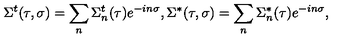
\Sigma ^ { t } ( \tau , \sigma ) = \sum _ { n } \Sigma _ { n } ^ { t } ( \tau ) e ^ { - i n \sigma } , \Sigma ^ { * } ( \tau , \sigma ) = \sum _ { n } \Sigma _ { n } ^ { * } ( \tau ) e ^ { - i n \sigma } ,